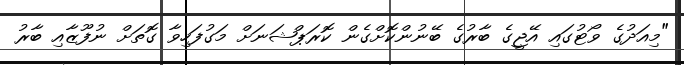
"މިއަދުގެ ވޯޓުގައި އޭޖީގެ ބާރުގެ ބޭނުންކޮށްގެން ކޮރަޕްޝަނަށް މަގުފަހިވާ ގޮތަށް ނުފޫޒާއި ބާރު